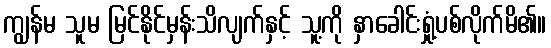
ကျွန်မ သူမ မြင်နိုင်မှန်းသိလျက်နှင့် သူ့ကို နှာခေါင်းရှုံ့ပစ်လိုက်မိ၏။